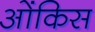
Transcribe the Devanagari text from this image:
ओंकिस